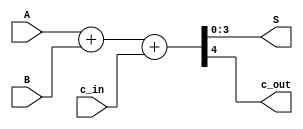
module sum4_v2(output wire[3:0] S, output wire c_out, input wire[3:0] A, input wire[3:0] B, input wire c_in);

assign {c_out, S} = A + B + c_in;

endmodule